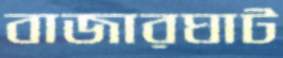
বাজারঘাট